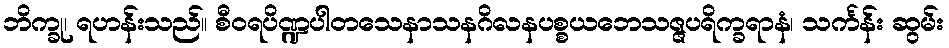
ဘိက္ခု၊ ရဟန်းသည်။ စီဝရပိဏ္ဍပါတသေနာသနဂိလနပစ္စယဘေသဇ္ဇပရိက္ခရာနံ၊ သင်္ကန်း ဆွမ်း